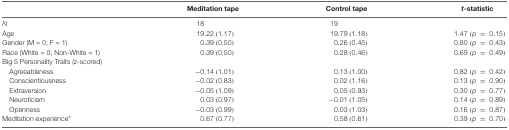
<table><thead><tr><td></td><td><b>Meditation tape</b></td><td><b>Control tape</b></td><td><b><i>t</i>-statistic</b></td></tr></thead><tbody><tr><td><i>N</i></td><td>18</td><td>19</td></tr><tr><td>Age</td><td>19.22 (1.17)</td><td>19.79 (1.18)</td><td>1.47 (<i>p</i> = 0.15)</td></tr><tr><td>Gender (M = 0; F = 1)</td><td>0.39 (0.50)</td><td>0.26 (0.45)</td><td>0.80 (<i>p</i> = 0.43)</td></tr><tr><td>Race (White = 0; Non-White = 1)</td><td>0.39 (0.50)</td><td>0.28 (0.46)</td><td>0.69 (<i>p</i> = 0.49)</td></tr><tr><td>Big 5 Personality Traits (z-scored)</td><td></td><td></td><td></td></tr><tr><td>Agreeableness</td><td>−0.14 (1.01)</td><td>0.13 (1.00)</td><td>0.82 (<i>p</i> = 0.42)</td></tr><tr><td>Conscientiousness</td><td>−0.02 (0.83)</td><td>0.02 (1.16)</td><td>0.13 (<i>p</i> = 0.90)</td></tr><tr><td>Extraversion</td><td>−0.05 (1.09)</td><td>0.05 (0.93)</td><td>0.30 (<i>p</i> = 0.77)</td></tr><tr><td>Neuroticism</td><td>0.03 (0.97)</td><td>−0.01 (1.05)</td><td>0.14 (<i>p</i> = 0.89)</td></tr><tr><td>Openness</td><td>−0.03 (0.99)</td><td>0.03 (1.03)</td><td>0.16 (<i>p</i> = 0.87)</td></tr><tr><td>Meditation experience*</td><td>0.67 (0.77)</td><td>0.58 (0.61)</td><td>0.39 (<i>p</i> = 0.70)</td></tr></tbody></table>